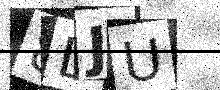
Text: 8LJU